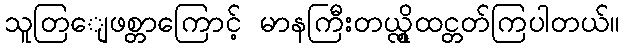
သူတြျေဖစ္တာကြောင့် မာနကြီးတယ္လို့ထင္တတ်ကြပါတယ်။